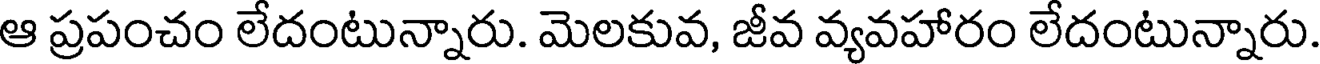
ఆ ప్రపంచం లేదంటున్నారు. మెలకువ, జీవ వ్యవహారం లేదంటున్నారు.